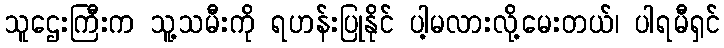
သူဌေးကြီးက သူ့သမီးကို ရဟန်းပြုနိုင် ပါ့မလားလို့မေးတယ်၊ ပါရမီရှင်